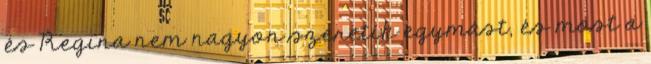
és Regina nem nagyon szeretik egymást, és most a